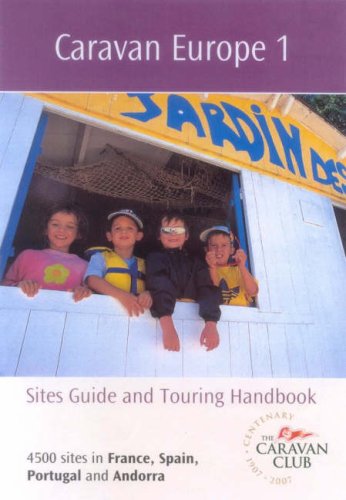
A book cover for Caravan Europe 2008: France, Spain, Portugal and Andorra v. 1; Travel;